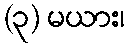
(၃) မယား၊